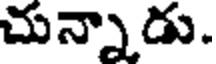
చున్నాడు.